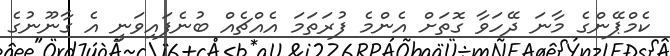
ކެމްޕޭންގެ މާނަ ދޭހަވާ ގޮތަށް އެންމެ ފުރަތަމަ އެއްޗެއް ބުނެފައިވަނީ އެ ގާނޫނުގެ